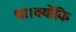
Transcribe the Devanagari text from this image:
था।क्योंकि